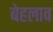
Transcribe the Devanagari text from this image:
बेहलाव